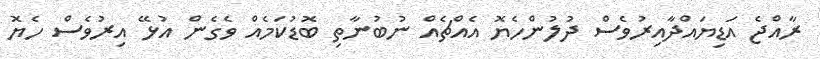
ރާއްޖެ އަޑިޔައްދާއިރުވެސް ދުލުންހެޔޮ އެއްޗެއް ނުބުނާތި ބޮޑުކަމެއް ވެގެން އުޅޭ އިރުވެސް ހެޔޮ